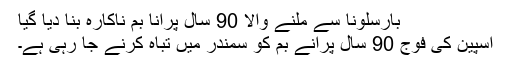
بارسلونا سے ملنے والا 90 سال پرانا بم ناکارہ بنا دیا گیا
اسپین کی فوج 90 سال پرانے بم کو سمندر میں تباہ کرنے جا رہی ہے۔